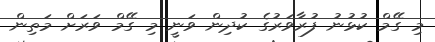
މި ގޭމް ކުޅުނު ފުރާވަރުގެ ކުދިން ވަނީ މި ގޭމް ވަރަށް މަތިން